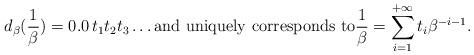
LaTeX: \begin{align*}d_{\beta}(\frac{1}{\beta}) = 0. 0 \, t_1 t_2 t_3 \ldots{\rm and ~uniquely ~corresponds~ to}\frac{1}{\beta} = \sum_{i=1}^{+\infty} t_i \beta^{-i-1}.\end{align*}